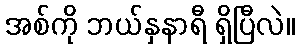
အစ်ကို ဘယ်နှနာရီ ရှိပြီလဲ။